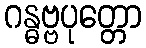
ဂန္ဓဗ္ဗပုတ္တော